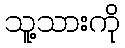
သူ့သားကို